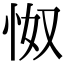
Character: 怓